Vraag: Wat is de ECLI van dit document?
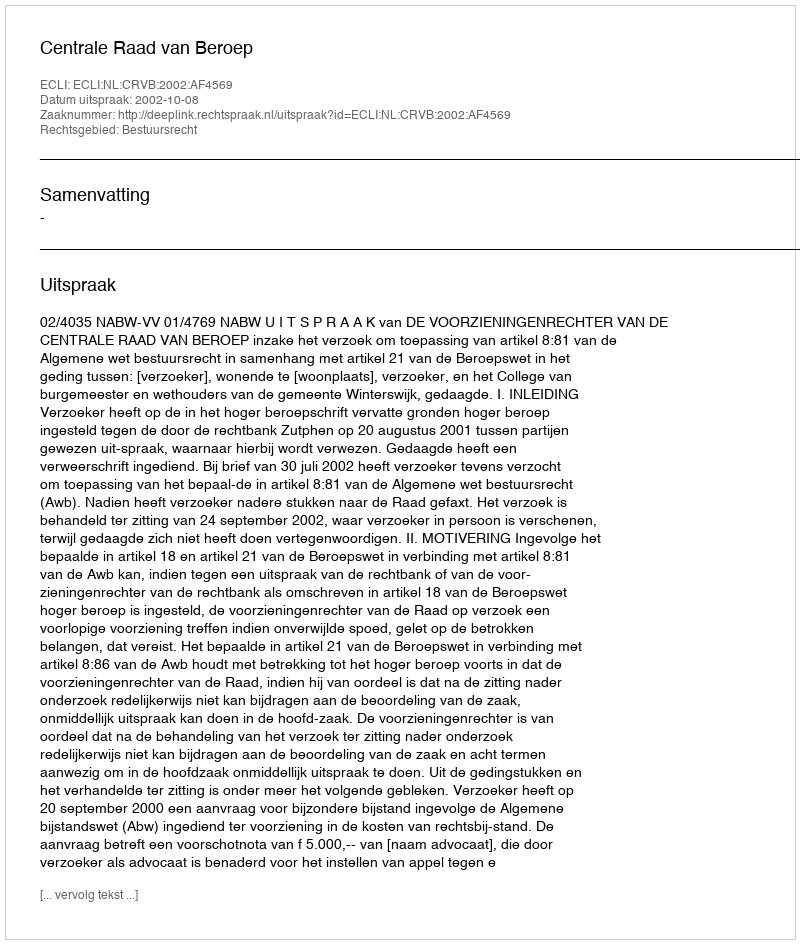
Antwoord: ECLI:NL:CRVB:2002:AF4569